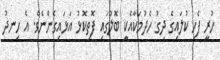
ހުރީ ފެހި ކުލައިގެ ދިގު ހެދުމަކާއެކީ ބޮލުގައި ފޮތިކޮޅު އަޅައިގެންނެވެ. އެ ހިނދު